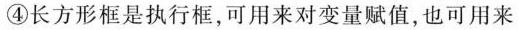
④长方形框是执行框，可用来对变量赋值，也可用来